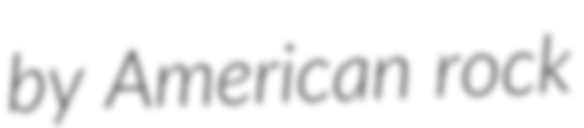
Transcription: by American rock